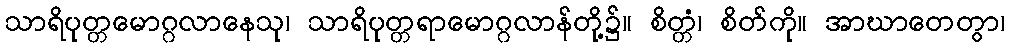
သာရိပုတ္တမောဂ္ဂလာနေသု၊ သာရိပုတ္တရာမောဂ္ဂလာန်တို့၌။ စိတ္တံ၊ စိတ်ကို။ အာဃာတေတွာ၊